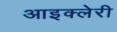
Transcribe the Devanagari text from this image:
आइक्लेरी